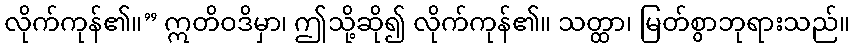
လိုက်ကုန်၏။” ဣတိဝဒိမှာ၊ ဤသို့ဆို၍ လိုက်ကုန်၏။ သတ္ထာ၊ မြတ်စွာဘုရားသည်။